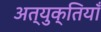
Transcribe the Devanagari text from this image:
अत्युक्तियाँ